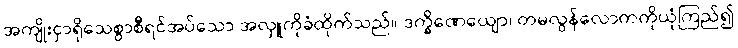
အကျိုးငှာရိုသေစွာစီရင်အပ်သော အလှူကိုခံထိုက်သည်။ ဒက္ခိဏေယျော၊ တမလွန်လောကကိုယုံကြည်၍